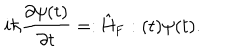
i \hbar \frac { \partial \psi ( t ) } { \partial t } = : \hat { \mathrm { H } } _ { \mathrm { F } } : ( t ) \psi ( t ) .